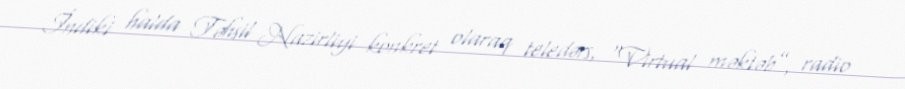
İndiki halda Təhsil Nazirliyi konkret olaraq teledərs, “Virtual məktəb”, radio